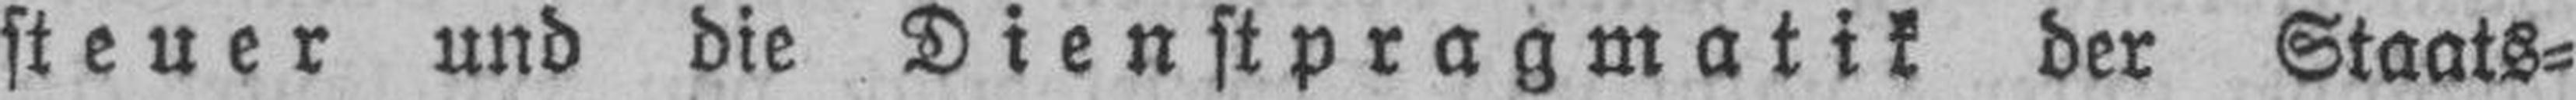
steuer und die Dienstpragmatik der Staats¬